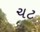
ચટ